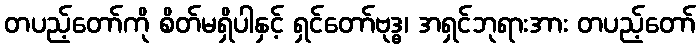
တပည့်တော်ကို စိတ်မရှိပါနှင့် ရှင်တော်ဗုဒ္ဓ၊ အရှင်ဘုရားအား တပည့်တော်